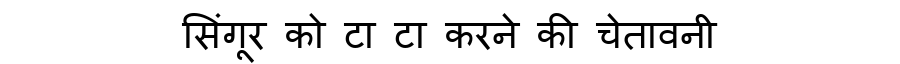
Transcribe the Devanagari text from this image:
सिंगूर को टा टा करने की चेतावनी